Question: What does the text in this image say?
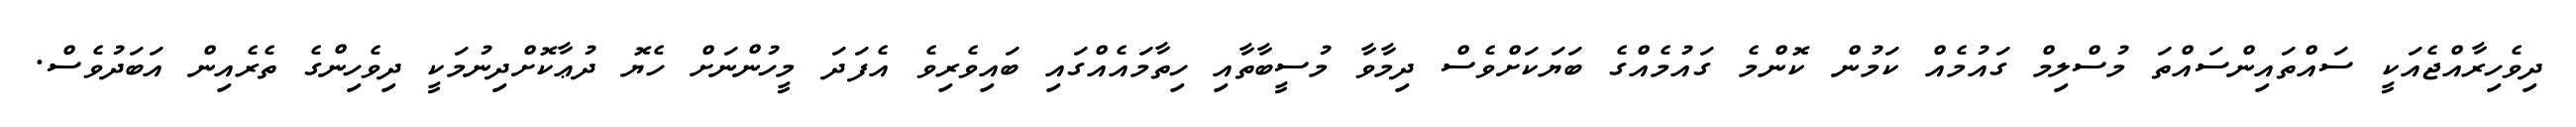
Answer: ދިވެހިރާއްޖެއަކީ ސައްތައިންސައްތަ މުސްލިމް ގައުމެއް ކަމުން ކޮންމެ ގައުމެއްގެ ބަޔަކަށްވެސް ދިމާވާ މުސީބާތާއި ހިތާމައެއްގައި ބައިވެރިވެ އެފަދަ މީހުންނަށް ހެޔޮ ދުޢާކޮށްދިނުމަކީ ދިވެހިންގެ ތެރެއިން އަބަދުވެސް.